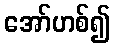
အော်ဟစ်၍